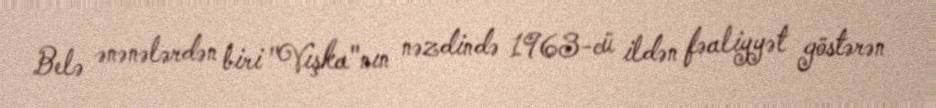
Belə ənənələrdən biri "Vışka"nın nəzdində 1963-cü ildən fəaliyyət göstərən